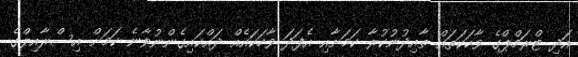
އަދި ޓްރަމްޕްގެ ވާހަކަތައް ތާއިދުނުކުރާ ކަމަށާއި އެފަދަ ވާހަކައެއް ދައްކައިގެންނުވާނެ ކަމަށް އިސްރާއިލްގެ